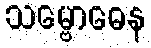
သမ္ဗောဓေန